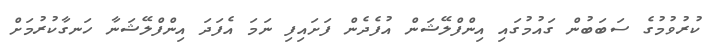
ކުރުވުމުގެ ސަބަބުން ގައުމުގައި އިންފްލޭޝަން އުފެދެން ފަށައިފި ނަމަ އެފަދަ އިންފްލޭޝަނާ ހަނގާކުރުމަށް